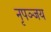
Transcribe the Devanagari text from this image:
नृपञ्जय